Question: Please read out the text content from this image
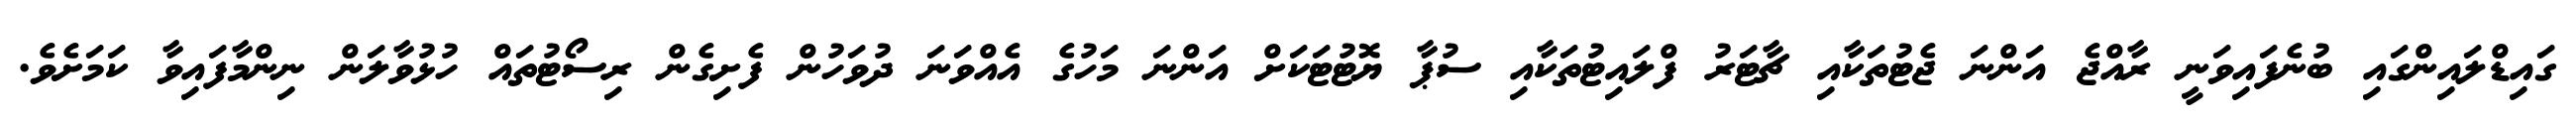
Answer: ގައިޑްލައިންގައި ބުނެފައިވަނީ ރާއްޖެ އަންނަ ޖެޓުތަކާއި ޗާޓަރު ފްލައިޓުތަކާއި ސުޕާ ޔޮޓުޓަކަށް އަންނަ މަހުގެ އެއްވަނަ ދުވަހުން ފެށިގެން ރިސޯޓުތައް ހުޅުވާލަން ނިންމާފައިވާ ކަމަށެވެ.